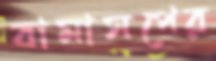
বামাসপের